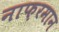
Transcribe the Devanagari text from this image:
नाफ़रमान